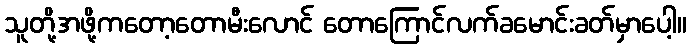
သူတို့အဖို့ကတော့တောမီးလောင် တောကြောင်လက်ခမောင်းခတ်မှာပေါ့။